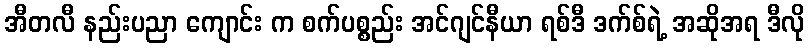
အီတလီ နည်းပညာ ကျောင်း က စက်ပစ္စည်း အင်ဂျင်နီယာ ရစ်ဒီ ဒက်စ်ရဲ့ အဆိုအရ ဒီလို